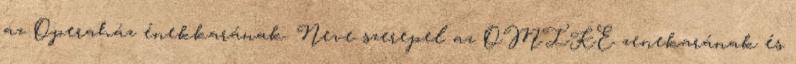
az Operaház énekkarának. Neve szerepel az OMIKE zenekarának és